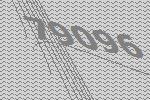
79096